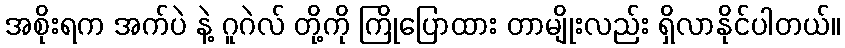
အစိုးရက အက်ပဲ နဲ့ ဂူဂဲလ် တို့ကို ကြိုပြောထား တာမျိုးလည်း ရှိလာနိုင်ပါတယ်။